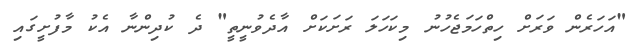
"އަހަރެން ވަރަށް ހިތްހަމަޖެހުނު މިކަހަލަ ރަށަކަށް އާދެވުނީތީ" ދެ ކުދިންނާ އެކު މާފުށީގައި